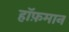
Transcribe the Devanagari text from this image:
हॉफ़मान